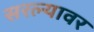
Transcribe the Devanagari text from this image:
सरल्यावर